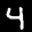
Label: 4